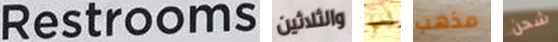
Restrooms والثلاثين أنها مذهب شحن